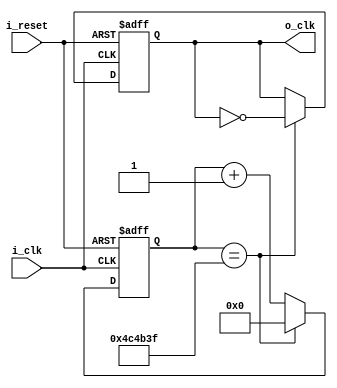
module clock_divider_digit(
        input i_clk,
        input i_reset,
        output o_clk
    );

    reg  r_clk = 0;
    reg [31:0] r_counter = 0;
    assign o_clk = r_clk;
    
     // 10hz  =====> 100_000_000 / 10 = 10_000_000
     // 10_000_000 / 2 = 5_000_000
    always @(posedge i_clk or posedge i_reset) begin
        if(i_reset)begin
            r_clk <= 0;
            r_counter <= 0;
        end
        else begin
            if(r_counter == 5_000_000 - 1) begin
                r_counter <= 0;
                r_clk = ~r_clk;
            end
            else begin
                r_counter <= r_counter + 1;
            end
        end

    end
endmodule